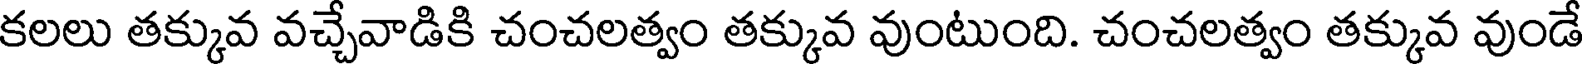
కలలు తక్కువ వచ్చేవాడికి చంచలత్వం తక్కువ వుంటుంది. చంచలత్వం తక్కువ వుండే